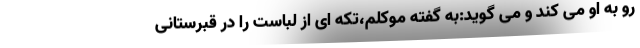
رو به او می کند و می گوید:به گفته موکلم،تکه ای از لباست را در قبرستانی